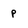
Character: p